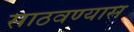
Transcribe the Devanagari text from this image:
साठवण्यास